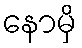
နောမှိ